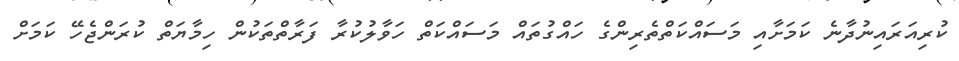
ކުރިއަރައިނުދާނެ ކަމަށާއި މަސައްކަތްތެރިންގެ ހައްގުތައް މަސައްކަތް ހަވާލުކުރާ ފަރާތްތަކުން ހިމާޔަތް ކުރަންޖެހޭ ކަމަށް